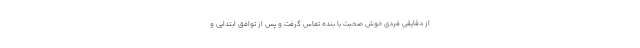
از دقایقی فردی خوش صحبت با بنده تماس گرفت و پس از توافق ابتدایی و